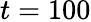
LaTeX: t=100